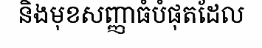
និងមុខសញ្ញាធំបំផុតដែល